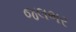
જલભર